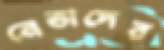
নেতাদের